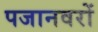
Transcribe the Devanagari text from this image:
पजानवरों